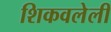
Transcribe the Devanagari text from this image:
शिकवलेली